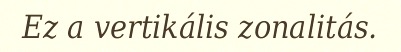
Ez a vertikális zonalitás.